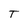
Character: T